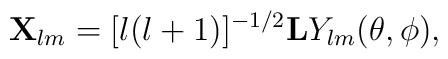
{\bf X}_{lm}=[l(l+1)]^{-1/2}{\bf L}Y_{lm}(\theta,\phi),